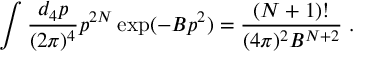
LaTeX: \int \frac { d _ { 4 } p } { ( 2 \pi ) ^ { 4 } } p ^ { 2 N } \exp ( - B p ^ { 2 } ) = \frac { ( N + 1 ) ! } { ( 4 \pi ) ^ { 2 } B ^ { N + 2 } } \; .